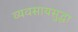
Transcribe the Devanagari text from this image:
व्यवसायसुद्धा